Lunatic asylums United Prov. 1922-30 - 1922-1930
Year: 1922
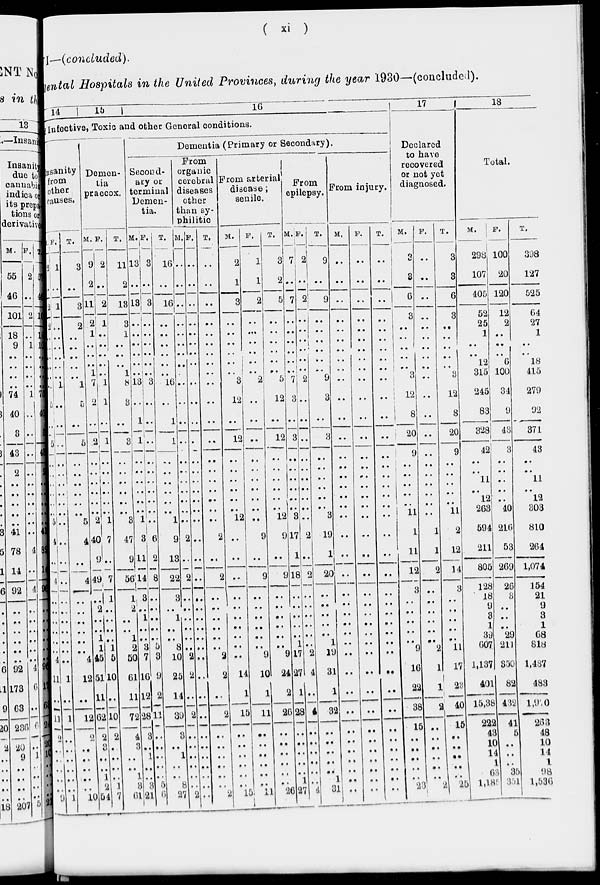
( xi )
I—(concluded).
Mental Hospitals in the United Provinces, during the year 1930—(concluded).
14
15
16
Infective, Toxic and other General conditions.
Insanity
from
other
causes.
M.
2
..
2
2
..
..
..
..
..
..
5
..
5
..
..
..
..
..
..
5
4
..
4
..
..
..
..
..
..
4
11
..
11
2
..
..
..
..
..
9
F.
1
..
1
..
..
..
..
..
..
1
..
..
..
..
..
..
..
..
..
..
..
..
..
..
..
..
..
..
..
..
1
..
1
..
..
..
..
..
..
1
T.
3
..
3
2
..
..
..
..
..
1
5
..
5
..
..
..
..
..
..
5
4
..
4
..
..
..
..
..
..
4
12
..
12
2
..
..
..
..
..
10
Demen-
tia
praecox.
M.
9
2
11
2
1
..
..
..
1
7
2
..
2
..
..
..
..
..
..
2
40
9
49
..
2
..
..
1
1
45
51
11
62
2 3
..
..
1
2
54
F.
2
..
2
1
..
..
..
..
..
1
1
..
1
..
..
..
..
..
..
1
7
..
7
1
..
..
..
..
1
5
10
..
10
2 ..
..
..
..
1
7
T.
11
2
13
3
1
..
..
..
1
8
3
..
3
..
..
..
..
..
..
3
47
9
56
1
2
..
..
1
2
50
61
11
72
4 3
..
..
1
3
61
Dementia (Primary or Secondary).
Second-
ary or
terminal
Demen-
tia.
M.
13
..
13
..
..
..
..
..
..
13
..
1
1
..
..
..
..
..
.. 1
3
11
14
3
..
1
..
..
3
7
16
12
28
3 ..
1
..
..
3
21
F.
3
..
3
..
..
..
..
..
..
3
..
..
..
..
..
..
..
..
..
..
6
2
8
..
..
..
..
..
5
3
9
2
11
..
..
..
..
..
5
6
T.
16
..
16
..
..
..
..
..
..
16
..
1
1
..
..
..
..
..
..
1
9
13
22
3
..
1
..
..
8
10
25
14
39
3
..
1
..
..
8
27
From
organic
cerebral
diseases
other
than sy-
philitic
M.
..
..
..
..
..
..
..
..
..
..
..
..
..
..
..
..
..
..
..
..
2
..
2
..
..
..
..
..
..
2
2
..
2
..
..
..
..
..
..
2
F.
..
..
..
..
..
..
..
..
..
..
..
..
..
..
..
..
..
..
..
..
..
..
..
..
..
..
..
..
..
..
..
..
..
..
..
..
..
..
..
..
T.
..
..
..
..
..
..
..
..
..
..
..
..
..
..
..
..
..
..
..
..
2
..
2
..
..
..
..
..
..
2
2
..
2
..
..
..
..
..
..
2
From arterial
disease ;
senile.
M.
2
1
3
..
..
..
..
..
..
3
12
..
12
..
..
..
..
..
..
12
..
..
..
..
..
..
..
..
..
..
14
1
15
..
..
..
..
..
..
15
F.
1
1
2
..
..
..
..
..
..
2
..
..
..
..
..
..
..
..
..
..
9
..
9
..
..
..
..
..
..
9
10
1
11
..
..
..
..
..
..
11
T.
3
2
5
..
..
..
..
..
..
5
12
..
12
..
..
..
..
..
..
12
9
..
9
..
..
..
..
..
..
9
24
2
26
..
..
..
..
..
..
26
From
epilepsy.
M.
7
..
7
..
..
..
..
..
..
7
3
..
3
..
..
..
..
..
..
3
17
..
18
..
..
..
..
..
1
17
27
1
28
..
..
..
..
..
1
27
F.
2
..
2
..
..
..
..
..
..
2
..
..
..
..
..
..
..
..
..
..
2
..
2
..
..
..
..
..
..
2
4
..
4
..
..
..
..
..
..
4
T.
9
..
9
..
..
..
..
..
..
9
3
..
..
..
..
..
..
..
..
3
19
1
20
..
..
..
..
..
1
19
31
1
32
..
..
..
..
..
1
31
From injury.
M.
..
..
..
..
..
..
..
..
..
..
..
..
..
..
..
..
..
..
..
..
..
..
..
..
..
..
..
..
..
..
..
..
..
..
..
..
..
..
..
..
F.
..
..
..
..
..
..
..
..
..
..
..
..
..
..
..
..
..
..
..
..
..
..
..
..
..
..
..
..
..
..
..
..
..
..
..
..
..
..
..
..
T.
..
..
..
..
..
..
..
..
..
..
..
..
..
..
..
..
..
..
..
..
..
..
..
..
..
..
..
..
..
..
..
..
..
..
..
..
..
..
..
..
17
Declared
to have
recovered
or not yet
diagnosed.
M.
3
3
6
3
..
..
..
..
..
3
12
8
20
9
..
..
..
..
..
11
1
11
12
3
..
..
..
..
..
9
16
22
38
15
..
..
..
..
..
23
F.
..
..
..
..
..
..
..
..
..
..
..
..
..
..
..
..
..
..
..
..
1
1
2
..
..
..
..
..
..
2
1
1
2
..
..
..
..
..
..
2
T.
3
3
6
3
..
..
..
..
..
3
12
8
20
9
..
..
..
..
..
11
2
12
14
3
..
..
..
..
..
11
17
23
40
15
..
..
..
..
..
25
18
Total.
M.
298
107
405
52
25
1
..
..
12
315
245
83
328
42
..
..
11
..
12
263
594
211
805
128
18
9
3
1
39
607
1,137
401
15,38
222
43
10
14
1
63
1,185
F.
100
20
120
12
2
..
..
..
6
100
34
9
43
3
..
..
..
..
..
40
216
53
269
26
3
..
..
..
29
211
350
82
432
41
5
..
..
..
35
351
T.
398
127
525
64
27
1
..
..
18
415
279
92
371
43
..
..
11
..
12
303
810
264
1,074
154
21
9
3
1
68
818
1,487
483
1,970
263
48
10
14
1
98
1,536